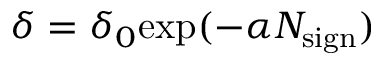
\delta = \delta _ { 0 } \mathrm { e x p } ( - \alpha N _ { \mathrm { s i g n } } )